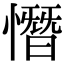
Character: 憯